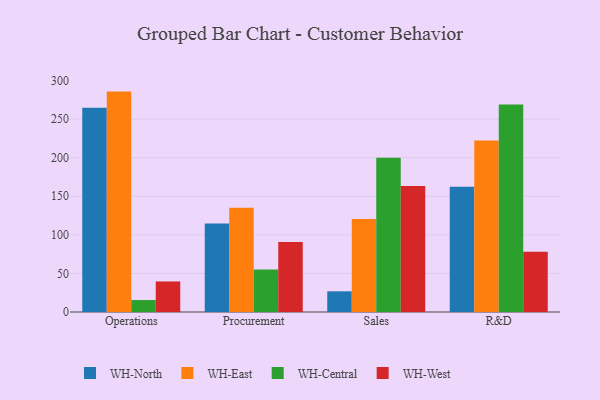
{"axis": {"x": "Department", "y": "Customer Acquisition Cost (USD)"}, "legend": ["WH-Central", "WH-East", "WH-North", "WH-West"], "data": [{"x": "Operations", "y": 264.7, "type": "WH-North"}, {"x": "Operations", "y": 285.7, "type": "WH-East"}, {"x": "Operations", "y": 15.5, "type": "WH-Central"}, {"x": "Operations", "y": 39.6, "type": "WH-West"}, {"x": "Procurement", "y": 114.7, "type": "WH-North"}, {"x": "Procurement", "y": 135.0, "type": "WH-East"}, {"x": "Procurement", "y": 55.2, "type": "WH-Central"}, {"x": "Procurement", "y": 90.8, "type": "WH-West"}, {"x": "Sales", "y": 26.8, "type": "WH-North"}, {"x": "Sales", "y": 120.4, "type": "WH-East"}, {"x": "Sales", "y": 200.0, "type": "WH-Central"}, {"x": "Sales", "y": 163.4, "type": "WH-West"}, {"x": "R&D", "y": 162.3, "type": "WH-North"}, {"x": "R&D", "y": 222.3, "type": "WH-East"}, {"x": "R&D", "y": 268.9, "type": "WH-Central"}, {"x": "R&D", "y": 78.1, "type": "WH-West"}]}